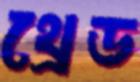
থ্রেড